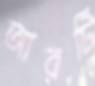
আরটি